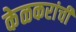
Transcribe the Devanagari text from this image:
केळकरांची